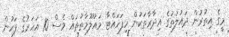
މީގެ އިތުރުން ދައުލަތުގެ އިދާރާތަކުން ހިފަހައްޓާ މައުލޫމާތުތައް ވެސް 10 އަހަރުގެ ފަހުން